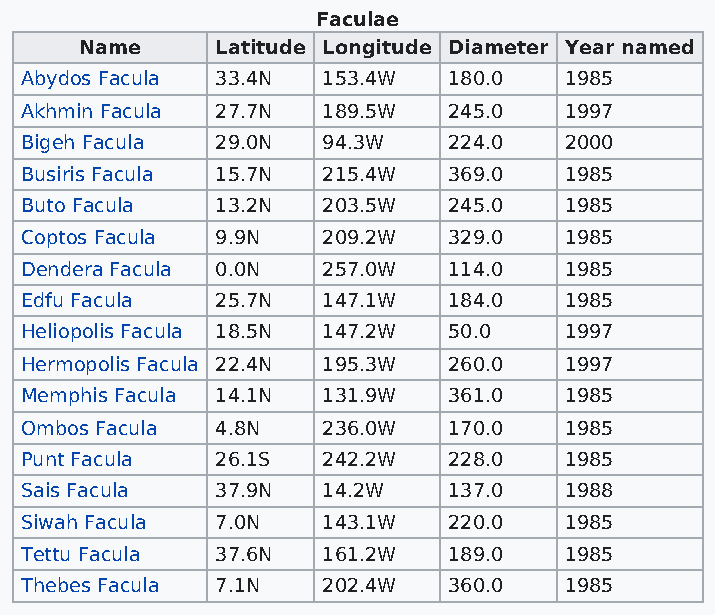
Faculae
 Name     Latitude Longitude Diameter Year named
 Abydos Facula 33.4N 153.4W   180.0  1985
 Akhmin Facula 27.7N 189.5W   245.0  1997
 Bigeh Facula 29.0N  94.3W    224.0  2000
 Busiris Facula 15.7N 215.4W  369.0  1985
 Buto Facula  13.2N  203.5W   245.0  1985
 Coptos Facula 9.9N  209.2W   329.0  1985
 Dendera Facula 0.0N 257.0W   114.0  1985
 Edfu Facula  25.7N  147.1W   184.0  1985
 Heliopolis Facula 18.5N 147.2W 50.0 1997
 Hermopolis Facula 22.4N 195.3W 260.0 1997
 Memphis Facula 14.1N 131.9W  361.0  1985
 Ombos Facula 4.8N   236.0W   170.0  1985
 Punt Facula  26.1S  242.2W   228.0  1985
 Sais Facula  37.9N  14.2W    137.0  1988
 Siwah Facula 7.0N   143.1W   220.0  1985
 Tettu Facula 37.6N  161.2W   189.0  1985
 Thebes Facula 7.1N  202.4W   360.0  1985